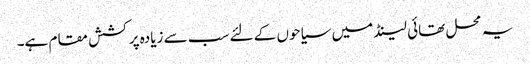
یہ محل تھائی لینڈ میں سیاحوں کے لئے سب سے زیادہ پرکشش مقام ہے۔